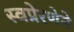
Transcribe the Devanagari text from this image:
स्वप्रेरणेने